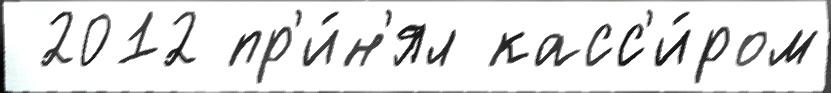
 2012 пр'и́н'ял касс'и́ром